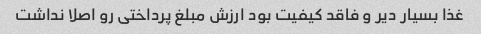
غذا بسیار دیر و فاقد کیفیت بود ارزش مبلغ پرداختی رو اصلا نداشت